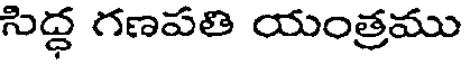
సిద్ధ గణపతి యంత్రము